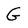
Character: G